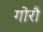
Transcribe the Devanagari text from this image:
गोरौ